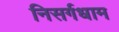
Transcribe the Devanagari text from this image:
निसर्गधाम